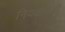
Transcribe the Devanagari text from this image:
नियतीनेही